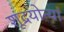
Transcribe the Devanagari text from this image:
शूद्रयोन्यां